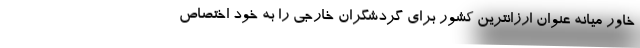
خاور میانه عنوان ارزانترین کشور برای گردشگران خارجی را به خود اختصاص